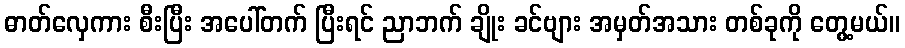
ဓာတ်လှေကား စီးပြီး အပေါ်တက် ပြီးရင် ညာဘက် ချိုး ခင်ဗျား အမှတ်အသား တစ်ခုကို တွေ့မယ်။